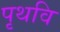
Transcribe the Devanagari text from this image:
पृथवि